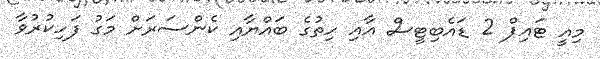
މިއީ ޓައިޕް 2 ޑައެބިޓީސް އާއި ހިތުގެ ބައްޔާއި ކެންސަރަށް މަގު ފަހިކުރުވާ